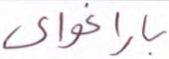
باراغواي